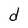
Character: d